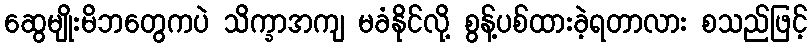
ဆွေမျိုးမိဘတွေကပဲ သိက္ခာအကျ မခံနိုင်လို့ စွန့်ပစ်ထားခဲ့ရတာလား စသည်ဖြင့်